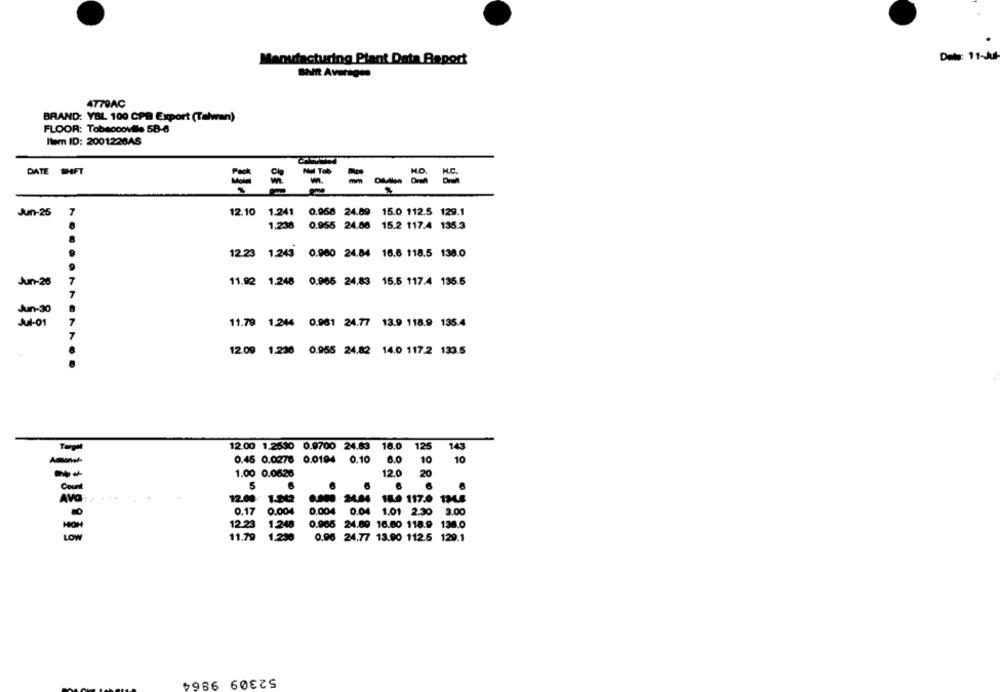
Manufacturing Plant Data Report
Date: 11-Jul
SHR Averages
4779AC
BRAND: YBL 100 CPB Export (Talwan)
FLOOR: Tobaccoville 58-6
Item ID: 2001228AS
DATE SHFT
=
w.
- - --
Jun-25
7
12.10 1.241 0.958 24.69 15.0 112.5 129.1
1.238
0.955 24.06 15.2 117.4 135.3
12.23 1.243 0.980 24.84 16.6 118.5 138.0
Jun-26
7
11.92 1.248 0.966 24.83 15.5 117.4 135.5
T
Jun-30
Jul-01
7
11.79 1.244 0.961 24.77 13.9 118.9 135.4
7
12.09 1.230 0.955 24.82 14.0 117.2 133.5
12.00 1.2630 0.9700 24.63 16.0
125
143
-
0.45 0.0278 0.0194 0.10
6.0
10
10
1.00 0.0628
12.0
20
5
6
6
AVG
12.00 1.042
8,900 . 24.44
169 117.0 1348
0.17
0.004
0.004 0.04 1.01 2.30 3.00
12.23
1.248
0.905 24.69 16.00 118.9
138.0
LOW
11.79
1.230
0.96 24.77 13.90 112.5 129.1
52309 9864